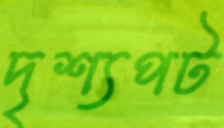
দৃশ্যপট